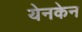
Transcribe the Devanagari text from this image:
येनकेन